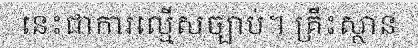
នេះជាការល្មើសច្បាប់។ គ្រឹះស្ថាន